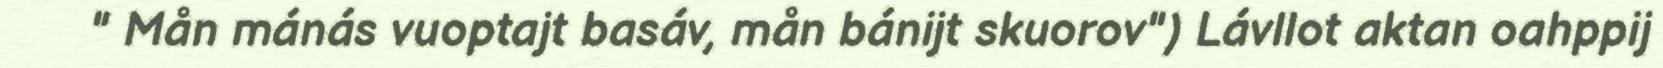
" Mån mánás vuoptajt basáv, mån bánijt skuorov") Lávllot aktan oahppij